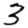
Digit: 3